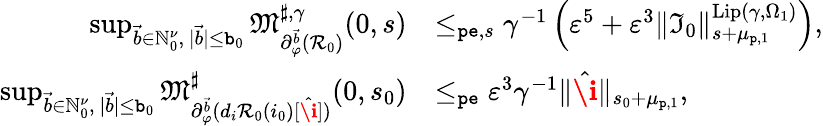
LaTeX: \begin{array}{rl}{\operatorname*{sup}_{\vec{b}\in\mathbb{N}_{0}^{\nu},\ |\vec{b}|\le\mathtt{b}_{0}}\mathfrak{M}_{\partial_{\varphi}^{\vec{b}}(\mathcal{R}_{0})}^{\sharp,\gamma}(0,s)}&{\le_{\mathtt{pe},s}\gamma^{-1}\left(\varepsilon^{5}+\varepsilon^{3}\rVert\mathfrak{I}_{0}\rVert_{s+\mu_{\mathtt{p},1}}^{\mathrm{Lip}(\gamma,\Omega_{1})}\right),}\\ {\operatorname*{sup}_{\vec{{b}}\in\mathbb{N}_{0}^{\nu},\ |\vec{{b}}|\le\mathtt{b}_{0}}\mathfrak{M}_{\partial_{\varphi}^{\vec{b}}(d_{i}\mathcal{R}_{0}(i_{0})[\hat{\textbf{\i}}])}^{\sharp}(0,s_{0})}&{\le_{\mathtt{pe}}\varepsilon^{3}\gamma^{-1}\rVert\hat{\textbf{\i}}\rVert_{s_{0}+\mu_{\mathtt{p},1}},}\end{array}